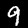
Label: 9